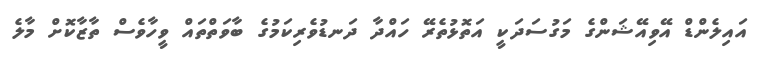
އައިލެންޑް އޭވިއޭޝަންގެ މަގުސަދަކީ އަތޮޅުތެރޭ ހައްދާ ދަނޑުވެރިކަމުގެ ބާވަތްތައް ވީހާވެސް ތާޒާކޮށް މާލެ